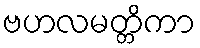
ဗဟလမတ္တိကာ